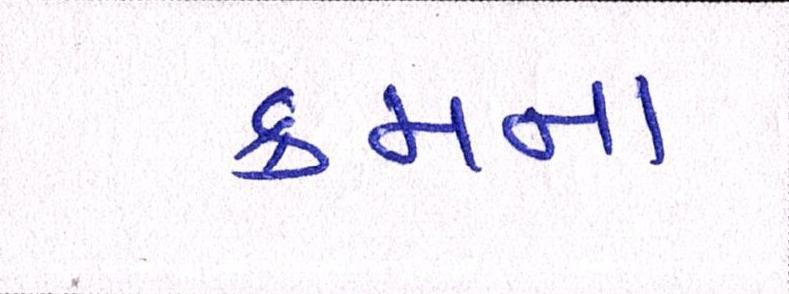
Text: ક્રમના